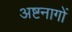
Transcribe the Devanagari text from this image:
अष्टनागों